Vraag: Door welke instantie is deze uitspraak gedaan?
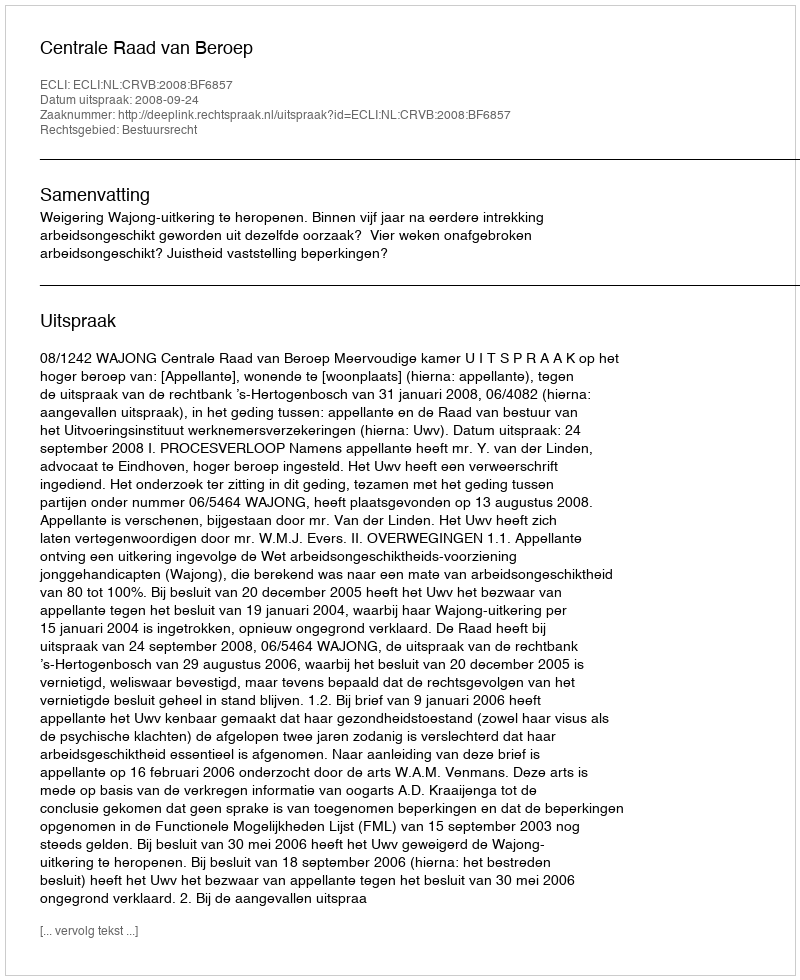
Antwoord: Centrale Raad van Beroep